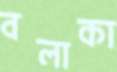
বলাকা